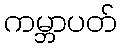
ကမ္ဘာပတ်